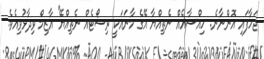
ޖަހާފައި އޮންނާނެ. ހިއްސާއެއް ނެތިއްޔާ އޭގެ މާނައަކީ ރިސޯޓެއް ނެތިއްޔޭ'' އާޒިމް ވިދާޅުވިއެވެ.